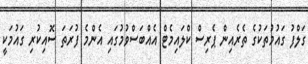
ގަލްފު ގައުމުތަކުގެ ތެރެއިން ޕެރިސް ކްލައިމެޓް އެއްބަސްވުމުގައި އެންމެ ފުރަތަ ސޮއިކުރި ގައުމަކީ